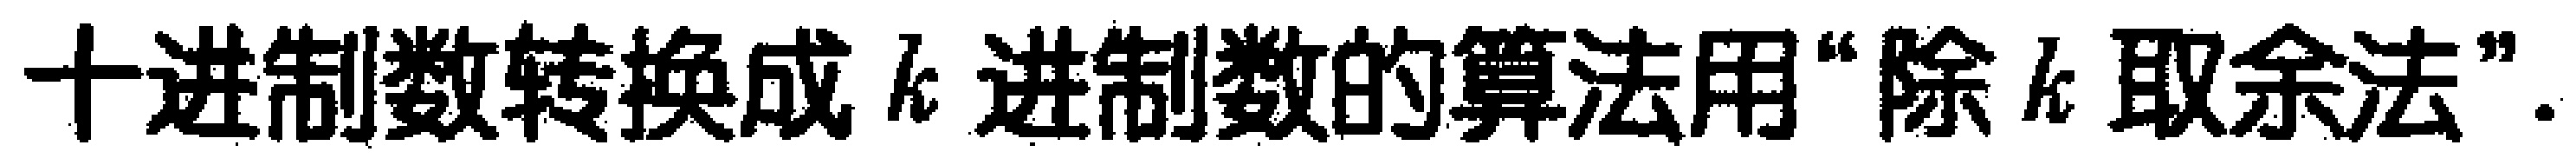
十进制数转换成 \(k\) 进制数的算法用“除 \(k\) 取余法”.